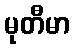
မုတီမာ